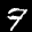
Label: 7